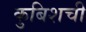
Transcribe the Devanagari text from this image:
कुबिशची